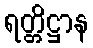
ရတ္တိဋ္ဌာန